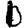
Digit: 1